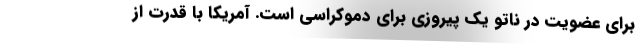
برای عضویت در ناتو یک پیروزی برای دموکراسی است. آمریکا با قدرت از